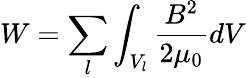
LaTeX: W=\sum_{l}\int_{V_{l}}\frac{B^{2}}{2\mu_{0}}dV